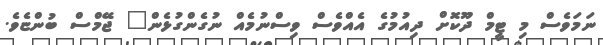
ނަމަވެސް މި ޓީމް ދޫކޮށް ދިއުމުގެ އެއްވެސް ވިސްނުމެއް ނުގެންގުޅެން" ޖޭމްސް ބުންޏެވެ.